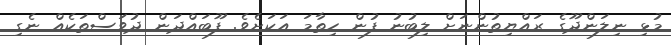
މުޅި ނިލަންދޫގެ ރައްޔިތުންނަށް ލިބުނު ފުން ހިތާމަ އަކަށެވެ. ފޫބައްދަން ދުވަސްތަކެއް ނެގި